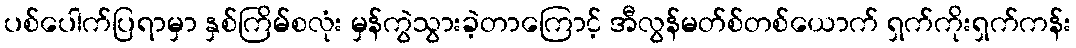
ပစ်ပေါက်ပြရာမှာ နှစ်ကြိမ်စလုံး မှန်ကွဲသွားခဲ့တာကြောင့် အီလွန်မတ်စ်တစ်ယောက် ရှက်ကိုးရှက်ကန်း